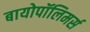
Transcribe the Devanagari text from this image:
बायोपॉलिमर्स